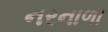
નરનાળા